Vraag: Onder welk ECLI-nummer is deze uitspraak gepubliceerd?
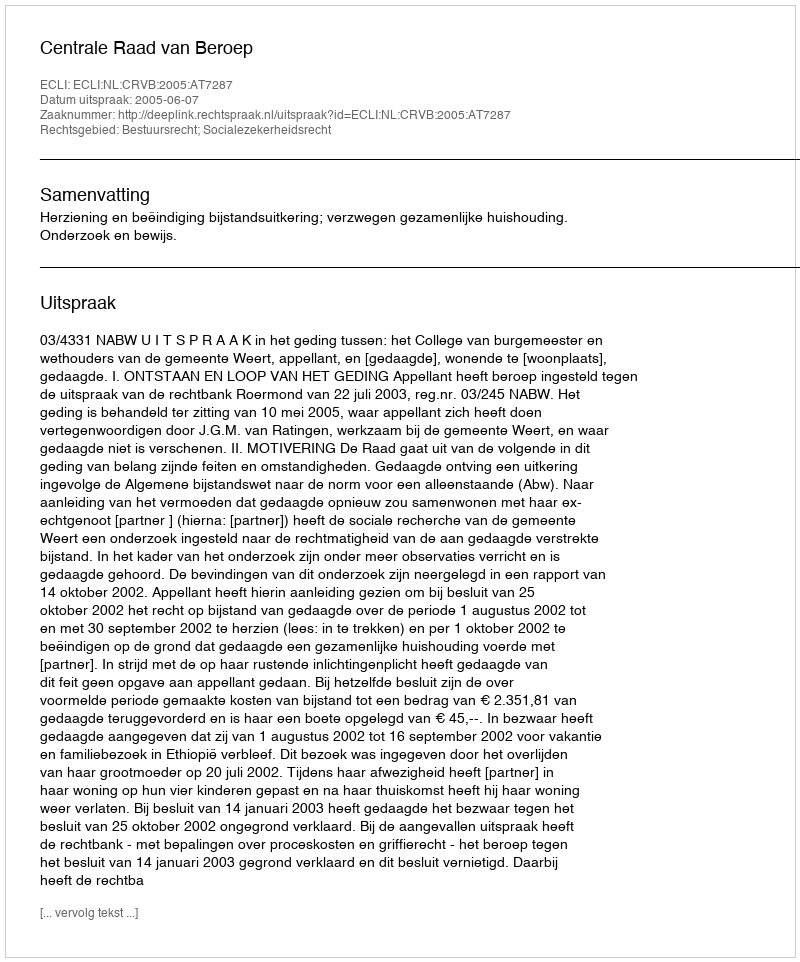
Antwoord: ECLI:NL:CRVB:2005:AT7287